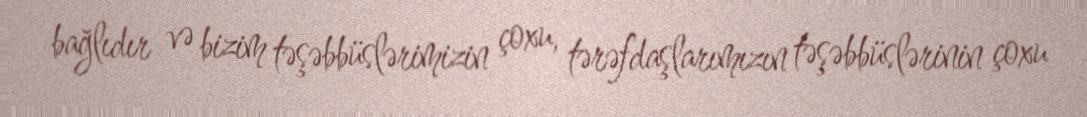
bağlıdır və bizim təşəbbüslərimizin çoxu, tərəfdaşlarımızın təşəbbüslərinin çoxu